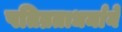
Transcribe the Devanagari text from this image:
पतिव्रताधर्माने